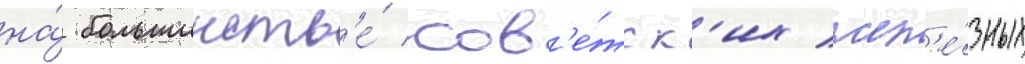
на́ большинств'е́ сов'е́тск'их жел'е́зных